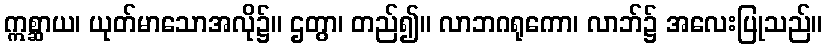
ဣစ္ဆာယ၊ ယုတ်မာသောအလို၌။ ဌတွာ၊ တည်၍။ လာဘဂရုကော၊ လာဘ်၌ အလေးပြုသည်။